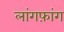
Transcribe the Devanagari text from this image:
लांगफ़ांग